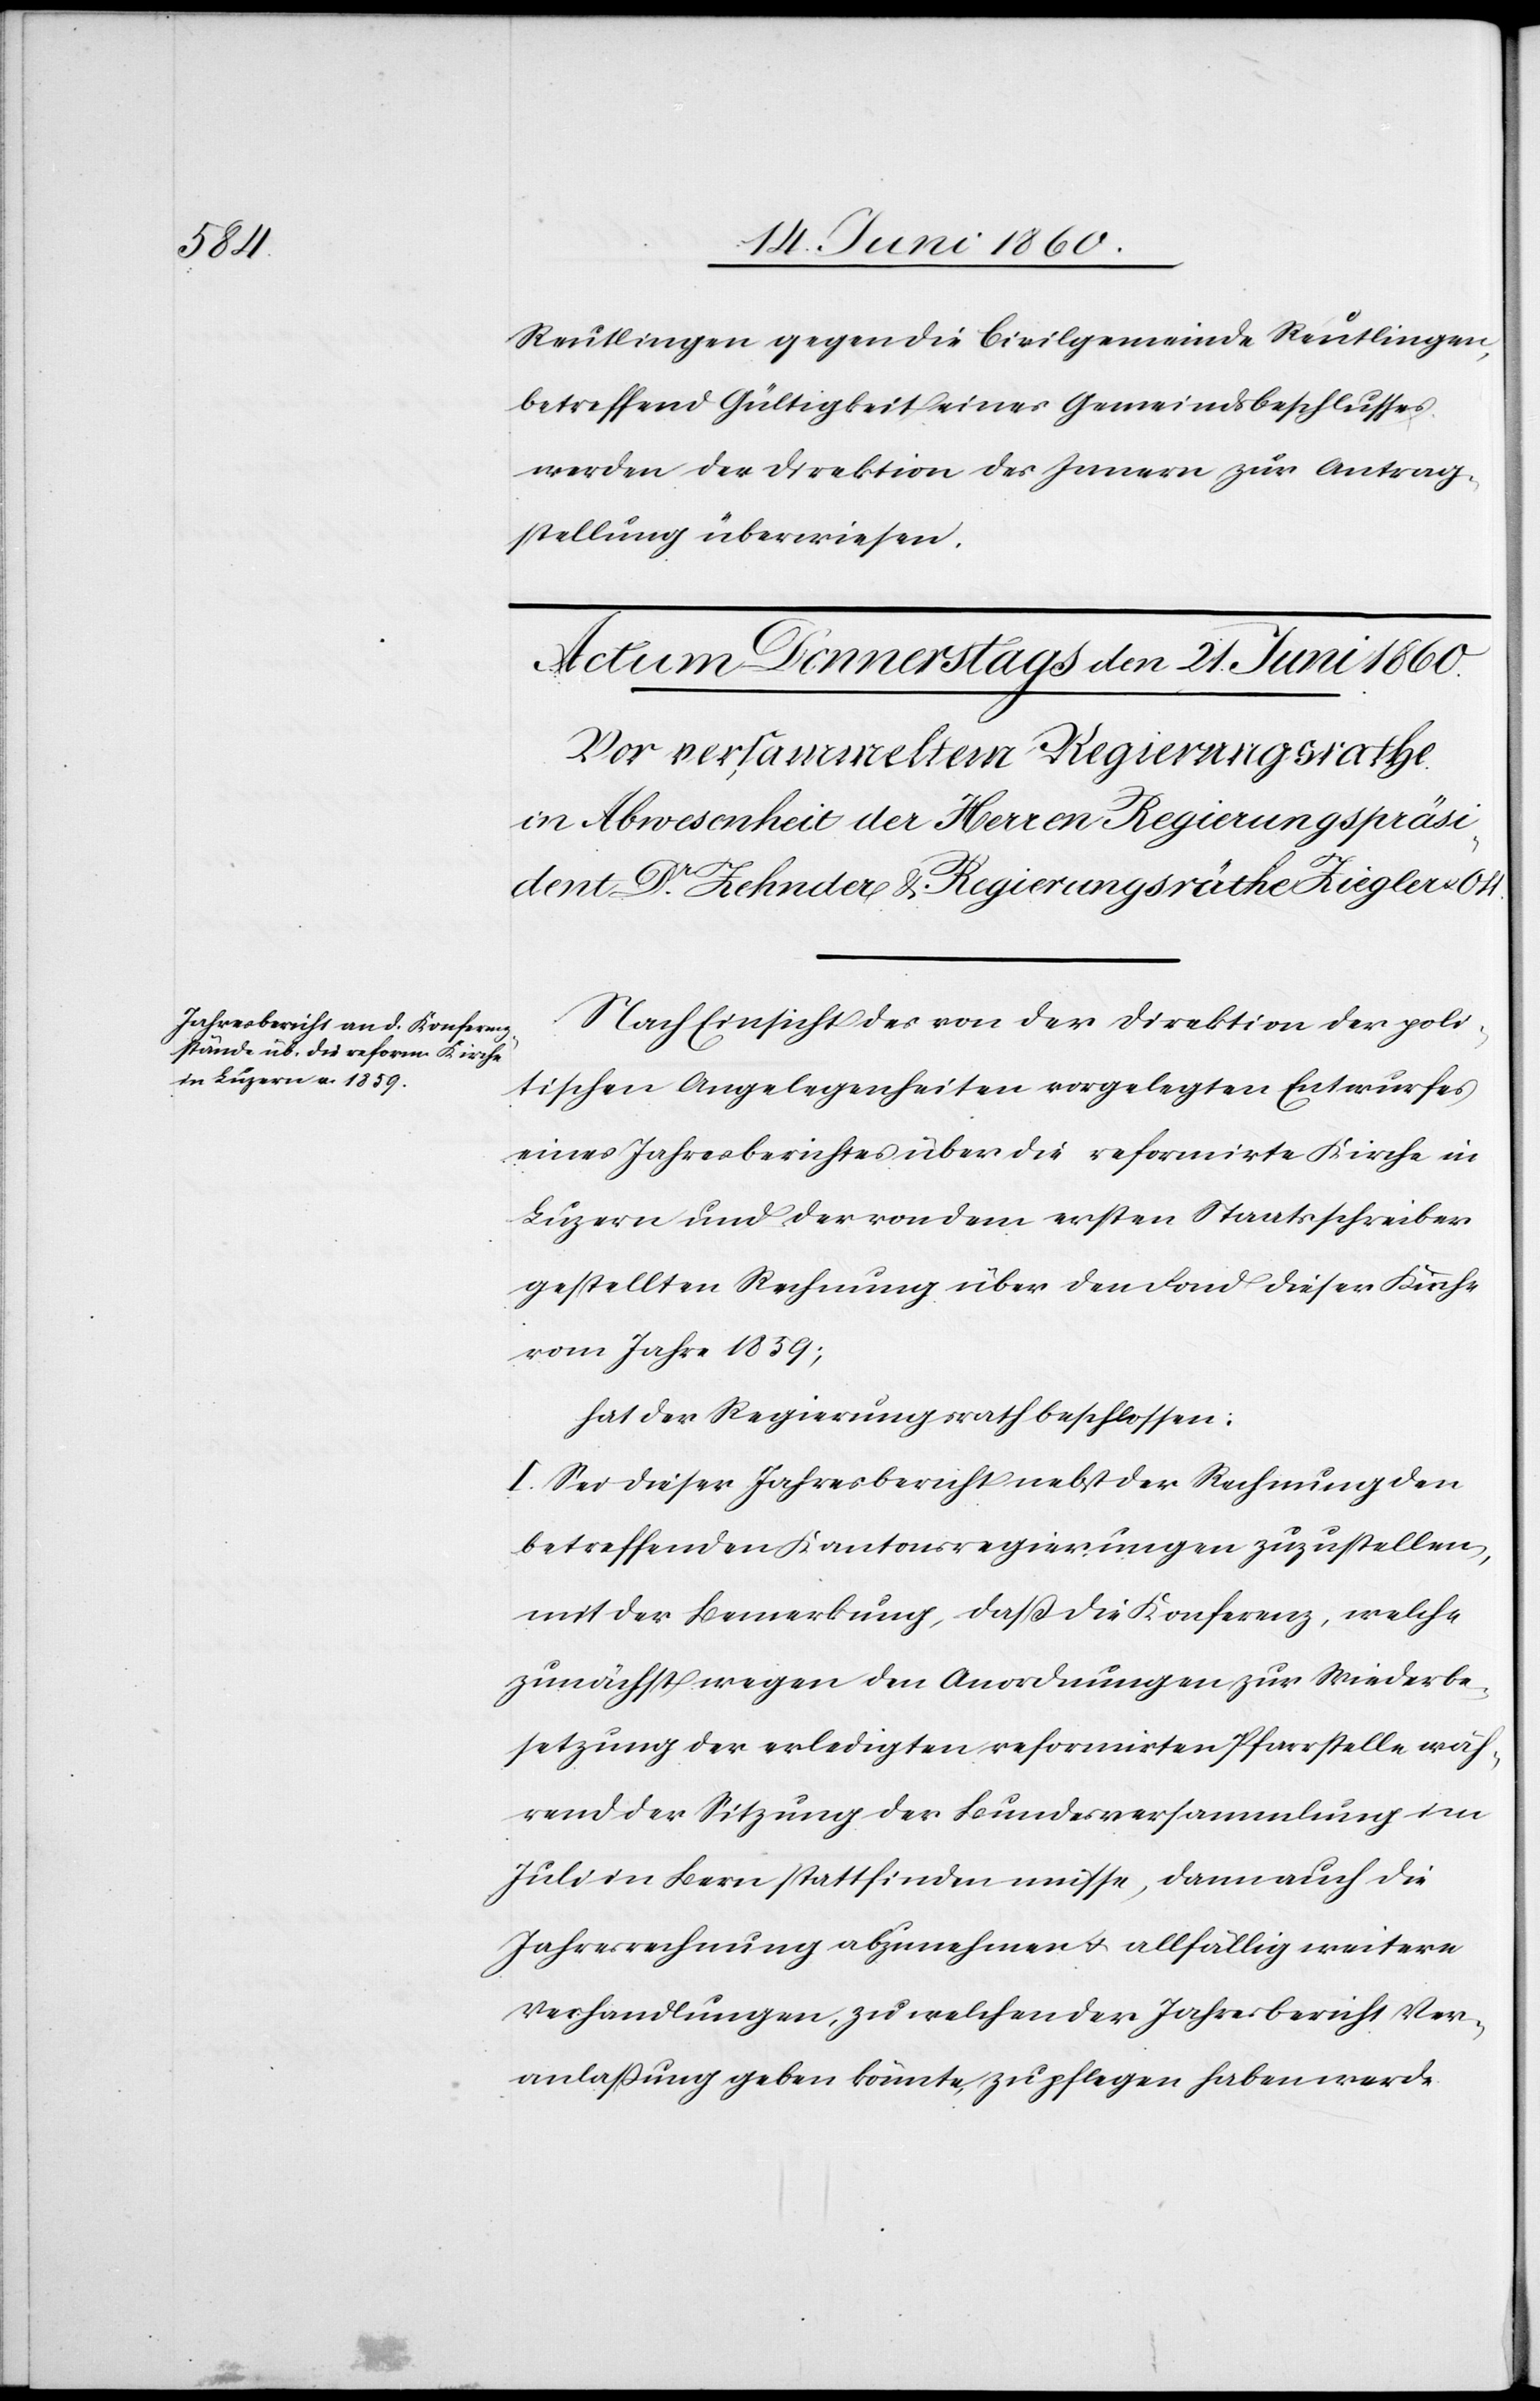
Reutlingen gegen die Civilgemeinde Reutlingen,
betreffend Gültigkeit eines Gemeindsbeschlusses,
werden der Direktion des Innern zur Antrag¬
stellung überwiesen.
Nach Einsicht des von der Direktion der poli¬
tischen Angelegenheiten vorgelegten Entwurfes
eines Jahresberichtes über die reformirte Kirche in
Luzern und der von dem ersten Staatsschreiber
gestellten Rechnung über den Fond dieser Kirche
vom Jahre 1859;
hat der Regierungsrath beschlossen:
I. Sei dieser Jahresbericht nebst der Rechnung den
betreffenden Kantonsregierungen zuzustellen,
mit der Bemerkung, dass die Konferenz, welche
zunächst wegen den Anordnungen zur Wiederbe¬
setzung der erledigten reformirten Pfarrstelle wäh¬
rend der Sitzung der Bundesversammlung im
Juli in Bern stattfinden müsse, dann auch die
Jahresrechnung abzunehmen u. allfällig weitere
Verhandlungen, zu welchen der Jahresbericht Ver¬
anlassung geben könnte, zu pflegen haben werde.